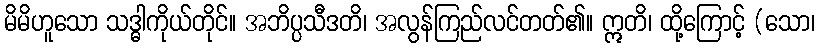
မိမိဟူသော သဒ္ဓါကိုယ်တိုင်။ အဘိပ္ပသီဒတိ၊ အလွန်ကြည်လင်တတ်၏။ ဣတိ၊ ထို့ကြောင့် (သော၊